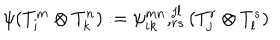
\psi ( T _ { i } ^ { m } \otimes T _ { k } ^ { n } ) : = \psi _ { i k } ^ { m n } , _ { r s } ^ { j l } ( T _ { j } ^ { r } \otimes T _ { l } ^ { s } )